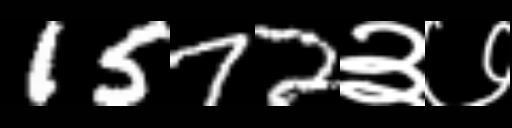
Text: 1572३७